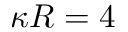
\kappa R = 4